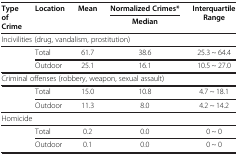
| <ROWSPAN=2> Type of Crime | <ROWSPAN=2> Location | <ROWSPAN=2> Mean | Normalized Crimes* | <ROWSPAN=2> Interquartile Range |
 | Median |
 | --- | --- | --- | --- | --- |
 | <COLSPAN=5> Incivilities (drug, vandalism, prostitution) |
 | <ROWSPAN=2>  | Total | 61.7 | 38.6 | 25.3 ~ 64.4 |
 | Outdoor | 25.1 | 16.1 | 10.5 ~ 27.0 |
 | <COLSPAN=5> Criminal offenses (robbery, weapon, sexual assault) |
 | <ROWSPAN=2>  | Total | 15.0 | 10.8 | 4.7 ~ 18.1 |
 | Outdoor | 11.3 | 8.0 | 4.2 ~ 14.2 |
 | <COLSPAN=5> Homicide |
 | <ROWSPAN=2>  | Total | 0.2 | 0.0 | 0 ~ 0 |
 | Outdoor | 0.1 | 0.0 | 0 ~ 0 |